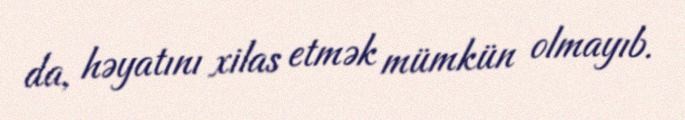
da, həyatını xilas etmək mümkün olmayıb.